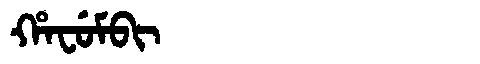
Manchu: ᡥᠠᠸᡠᠮᠪᡳ
Romanization: HAFUMBI